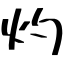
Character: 灼